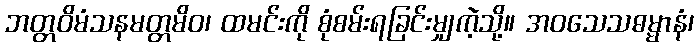
ဘတ္တဝိမံသနမတ္တမိဝ၊ ထမင်းကို စုံစမ်းရခြင်းမျှကဲ့သို့။ အဝသေသဓမ္မာနံ၊